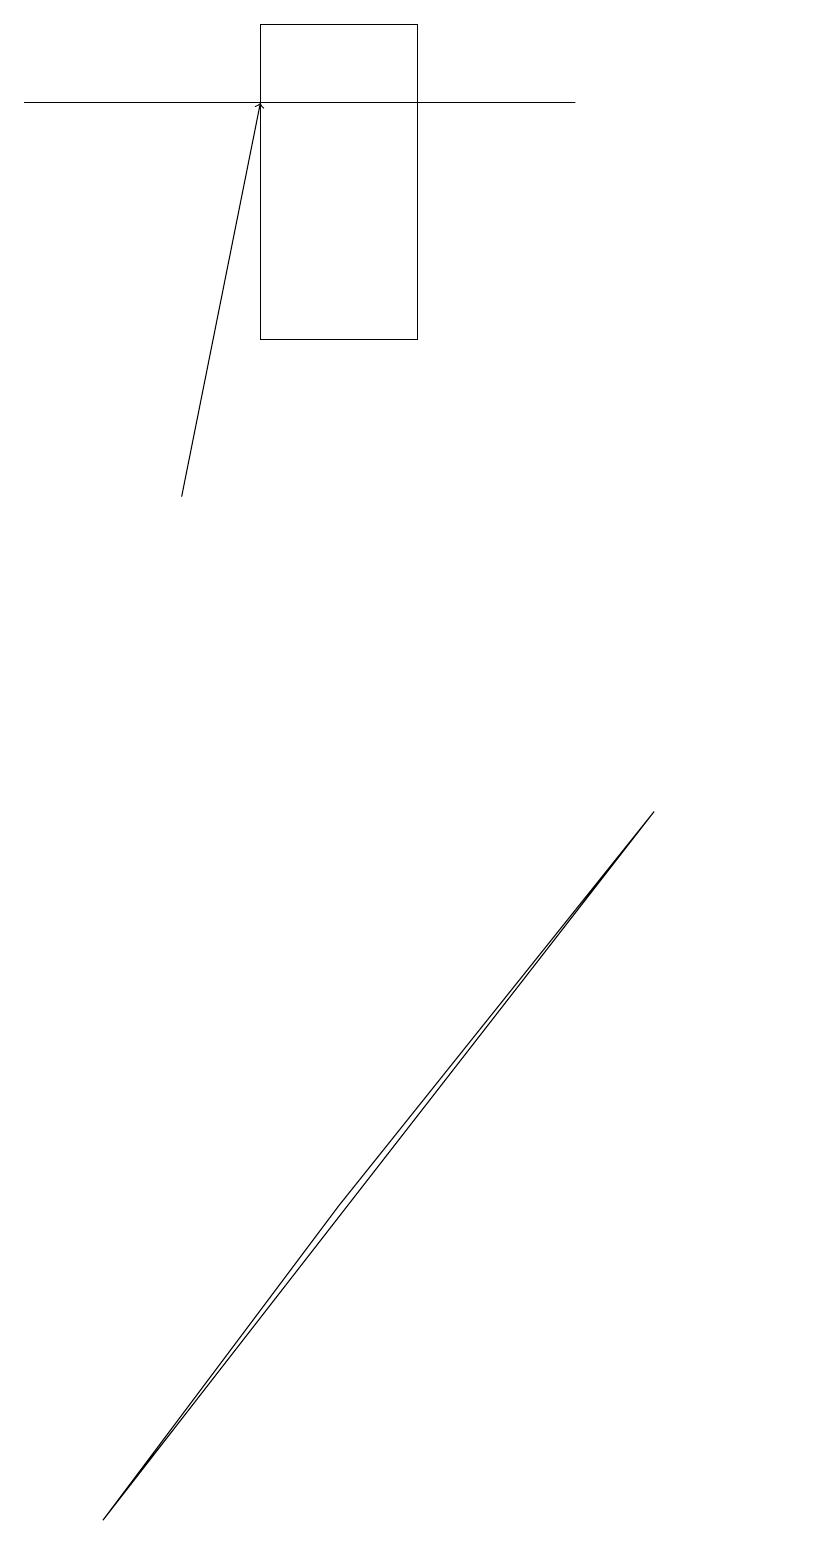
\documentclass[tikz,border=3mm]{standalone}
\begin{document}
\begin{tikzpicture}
\draw (8,18) rectangle (1,18);
\draw (4,19) rectangle (6,15);
\draw (11,10) circle (0);
\draw[->] (3,13) -- (4,18);
\draw (5,4) -- (2,0) -- (9,9) -- cycle;
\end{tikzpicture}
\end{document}